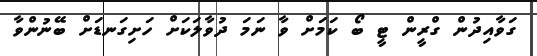
ގަވާއިދުން ގްރީން ޓީ ބޯ ކަމަށް ވާ ނަމަ ދުވާލަކަށް ހަށިގަނޑަށް ބޭނުންވާ